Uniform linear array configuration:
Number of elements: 12
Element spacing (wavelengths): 1
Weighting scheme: blackman
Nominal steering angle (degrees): -60
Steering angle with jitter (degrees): -59.455
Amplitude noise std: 0.05
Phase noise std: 0.05

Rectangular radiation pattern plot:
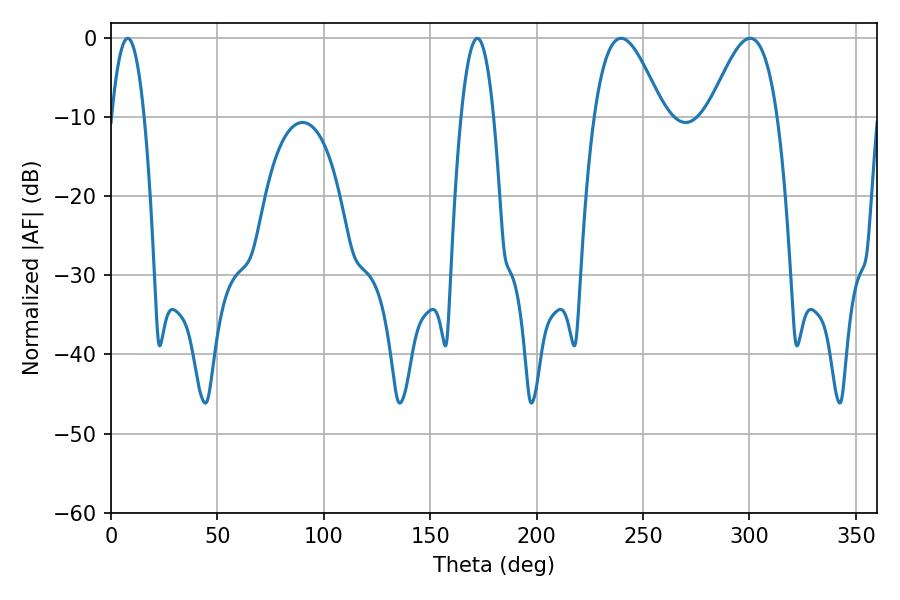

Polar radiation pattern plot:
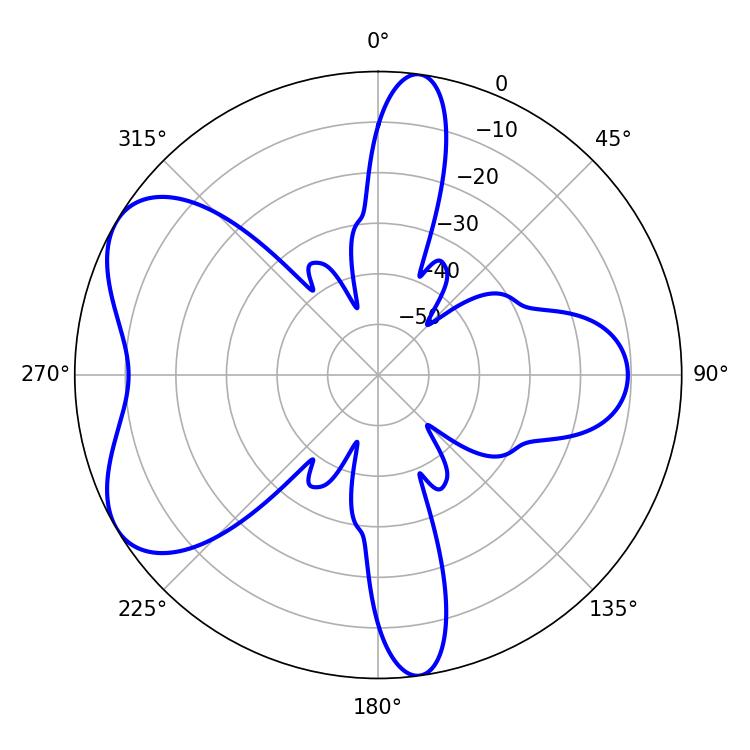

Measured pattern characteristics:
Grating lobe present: TRUE
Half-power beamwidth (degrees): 17.46
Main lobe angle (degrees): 300.24